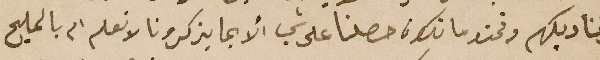
حرقنا ديكهم ونحن ما نكون حصلنا على شي ألا بما يذكرونا لا نعلم ام بالمليح